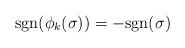
LaTeX: \begin{align*}\mathrm{sgn}(\phi_k(\sigma))=-\mathrm{sgn}(\sigma)\end{align*}